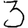
Digit: 3